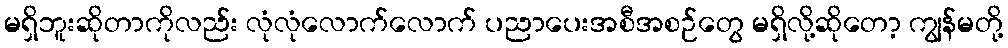
မရှိဘူးဆိုတာကိုလည်း လုံလုံလောက်လောက် ပညာပေးအစီအစဉ်တွေ မရှိလို့ဆိုတော့ ကျွန်မတို့